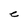
Character: C